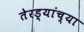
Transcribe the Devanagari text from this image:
तेरड्यांच्या